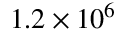
1 . 2 \times 1 0 ^ { 6 }